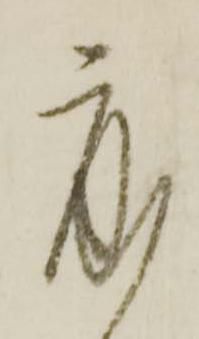
度